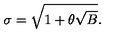
\sigma = \sqrt { 1 + \theta \sqrt { B } } .